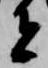
者